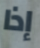
إذا